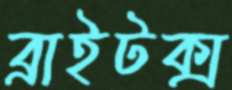
ব্রাইটক্স